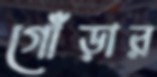
গোঁড়ার